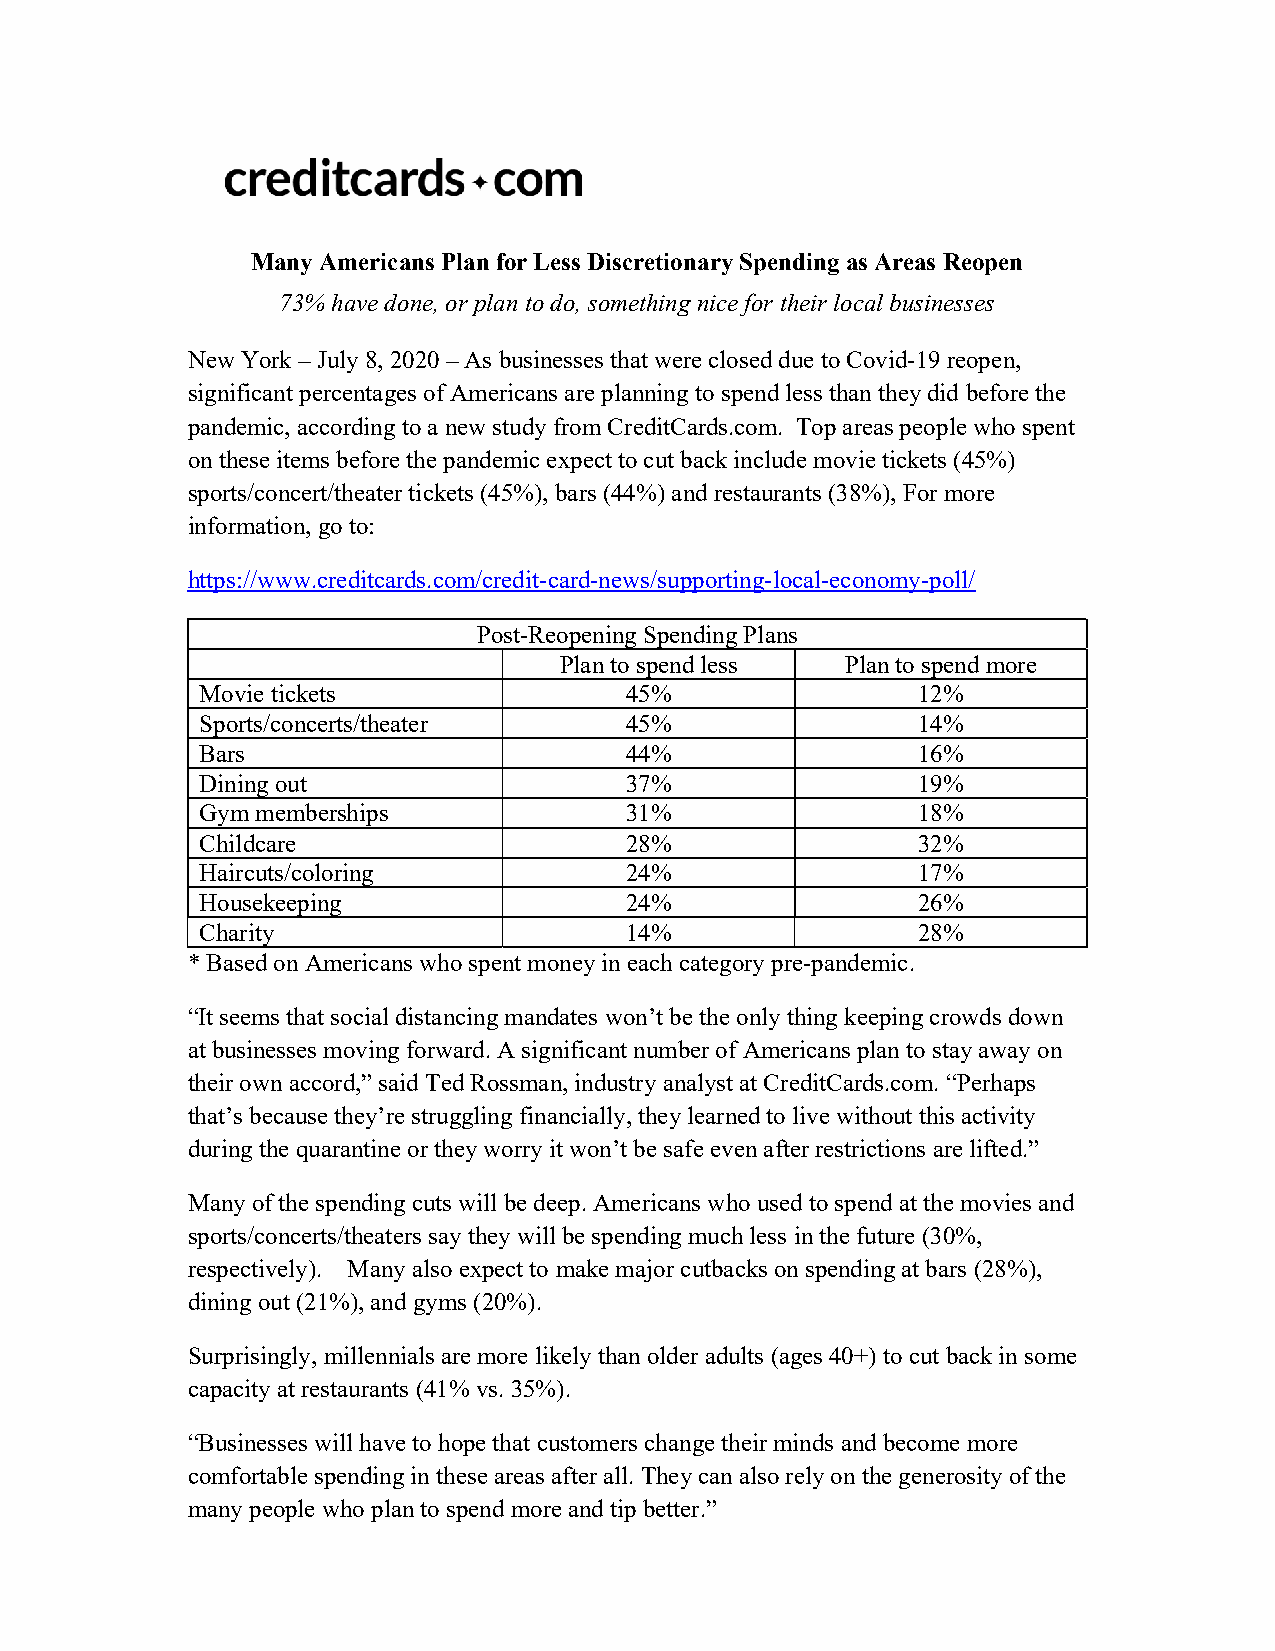
Many Americans Plan for Less Discretionary Spending as Areas Reopen
 73% have done, or plan to do, something nice for their local businesses
 New York – July 8, 2020 – As businesses that were closed due to Covid-19 reopen,
 significant percentages of Americans are planning to spend less than they did before the
 pandemic, according to a new study from CreditCards.com. Top areas people who spent
 on these items before the pandemic expect to cut back include movie tickets (45%)
 sports/concert/theater tickets (45%), bars (44%) and restaurants (38%), For more
 information, go to:
 https://www.creditcards.com/credit-card-news/supporting-local-economy-poll/
 Post-Reopening Spending Plans
 Plan to spend less Plan to spend more
 Movie tickets               45%                 12%
 Sports/concerts/theater     45%                 14%
 Bars                        44%                 16%
 Dining out                  37%                 19%
 Gym memberships             31%                 18%
 Childcare                   28%                 32%
 Haircuts/coloring           24%                 17%
 Housekeeping                24%                 26%
 Charity                     14%                 28%
 * Based on Americans who spent money in each category pre-pandemic.
 “It seems that social distancing mandates won’t be the only thing keeping crowds down
 at businesses moving forward. A significant number of Americans plan to stay away on
 their own accord,” said Ted Rossman, industry analyst at CreditCards.com. “Perhaps
 that’s because they’re struggling financially, they learned to live without this activity
 during the quarantine or they worry it won’t be safe even after restrictions are lifted.”
 Many of the spending cuts will be deep. Americans who used to spend at the movies and
 sports/concerts/theaters say they will be spending much less in the future (30%,
 respectively). Many also expect to make major cutbacks on spending at bars (28%),
 dining out (21%), and gyms (20%).
 Surprisingly, millennials are more likely than older adults (ages 40+) to cut back in some
 capacity at restaurants (41% vs. 35%).
 “Businesses will have to hope that customers change their minds and become more
 comfortable spending in these areas after all. They can also rely on the generosity of the
 many people who plan to spend more and tip better.”